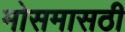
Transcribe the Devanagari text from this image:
मोसमासठी